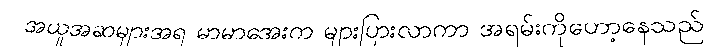
အယူအဆများအရ မာမာအေးက များပြားလာကာ အရမ်းကိုဟော့နေသည်